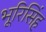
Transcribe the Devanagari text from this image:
भूरिसिंह